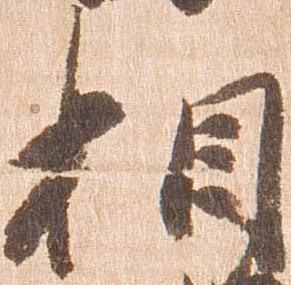
相